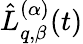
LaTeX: \hat{L}_{q,\beta}^{(\alpha)}(t)